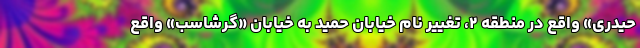
حیدری» واقع در منطقه ۲، تغییر نام خیابان حمید به خیابان «گرشاسب» واقع